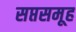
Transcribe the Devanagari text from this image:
सप्तसमूह